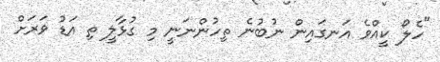
"ހެލޯ ކީއްވެ އަނގައިން ނުބުނެ ތިހުންނަނީ މި ގުޅާލީ ތި އަޑު ވަރަށް